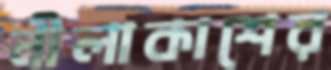
নীলাকাশের